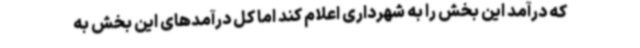
که درآمد این بخش را به شهرداری اعلام کند اما کل درآمدهای این بخش به